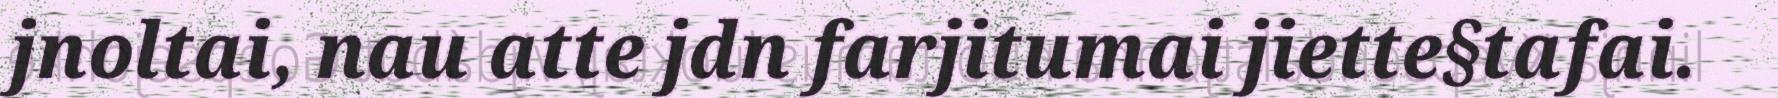
jnoltai, nau atte jdn farjitumai jiette§tafai.